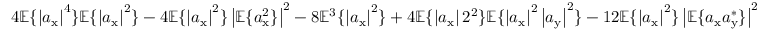
4 \mathbb { E } \{ \left| a _ { \mathrm { x } } \right| ^ { 4 } \} \mathbb { E } \{ \left| a _ { \mathrm { x } } \right| ^ { 2 } \} - 4 \mathbb { E } \{ \left| a _ { \mathrm { x } } \right| ^ { 2 } \} \left| \mathbb { E } \{ a _ { \mathrm { x } } ^ { 2 } \} \right| ^ { 2 } - 8 \mathbb { E } ^ { 3 } \{ \left| a _ { \mathrm { x } } \right| ^ { 2 } \} + 4 \mathbb { E } \{ \left| a _ { \mathrm { x } } \right| 2 ^ { 2 } \} \mathbb { E } \{ \left| a _ { \mathrm { x } } \right| ^ { 2 } \left| a _ { \mathrm { y } } \right| ^ { 2 } \} - 1 2 \mathbb { E } \{ \left| a _ { \mathrm { x } } \right| ^ { 2 } \} \left| \mathbb { E } \{ a _ { \mathrm { x } } a _ { \mathrm { y } } ^ { * } \} \right| ^ { 2 }